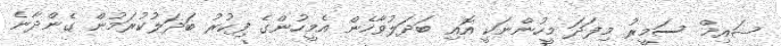
ޝައިޚް ސަމީރު މިފަދަ މީހުންނަކީ އޮއި ބަދަލުވާހެން އެމީހުންގެ ފިކުރު ބަދަލުކުރަމުން ގެންދާނެ